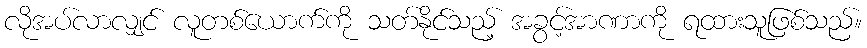
လိုအပ်လာလျှင် လူတစ်ယောက်ကို သတ်နိုင်သည့် အခွင့်အာဏာကို ရထားသူဖြစ်သည်။